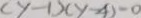
( y - 1 ) ( y - 4 ) - 0